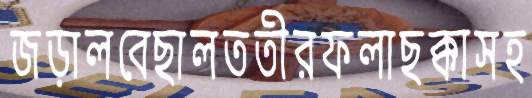
জড়ালবেছালততীরফলাছক্কাসহ